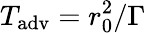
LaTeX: T_{\mathrm{adv}}=r_{0}^{2}/\Gamma